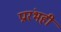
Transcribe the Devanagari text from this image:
प्रारंभही